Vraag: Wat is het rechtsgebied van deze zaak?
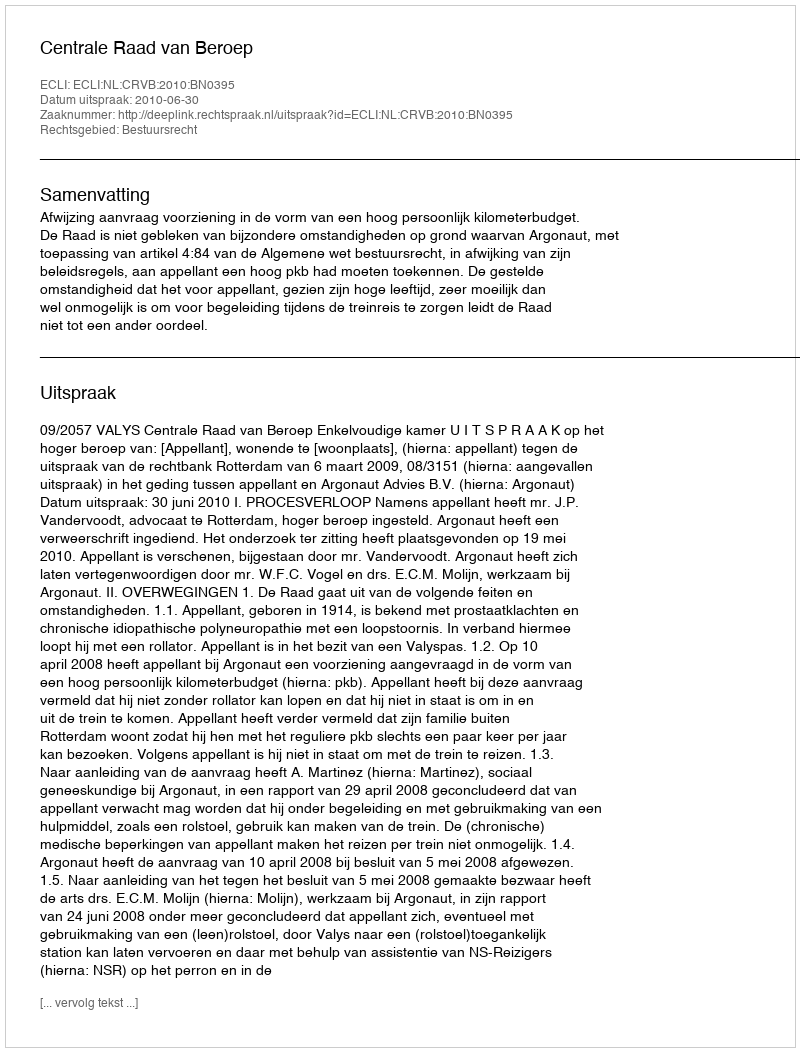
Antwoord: Bestuursrecht